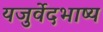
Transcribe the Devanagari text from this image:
यजुर्वेदभाष्य